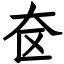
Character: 奁